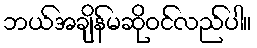
ဘယ်အချိန်မဆိုဝင်လည်ပါ။